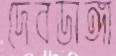
দেবডাঙ্গা